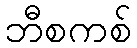
ဘီစကစ်